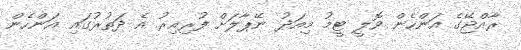
ރާއްޖޭގެ އަންހެން ވޮލީ ޓީމު މިއަދު ނޭޕާލަށް ފުރިއިރު އެ ދަތުރުގައި އަންހެން